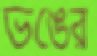
ভঙের